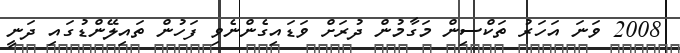
2008 ވަނަ އަހަރު ތަކްސިން މަގާމުން ދުރަށް ވަޑައިގެންނެވި ފަހުން ތައިލޭންޑުގައި ދަނީ